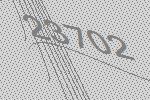
23702